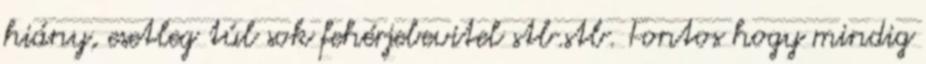
hiány, esetleg túl sok fehérjebevitel stb.stb. Fontos hogy mindig